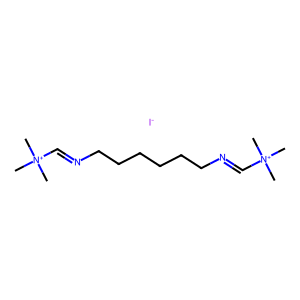
SMILES: C[N+](C)(C)C=NCCCCCCN=C[N+](C)(C)C.[I-]
Inhibits HIV replication: No